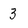
Character: 3